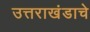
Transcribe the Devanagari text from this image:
उत्तराखंडाचे